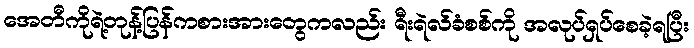
အေတီကိုရဲ့တုန့်ပြန်ကစားအားတွေကလည်း ရီးရဲလ်ခံစစ်ကို အလုပ်ရှပ်စေခဲ့ရပြီး